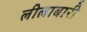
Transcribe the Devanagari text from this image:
लीलाबारी